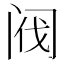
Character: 阀